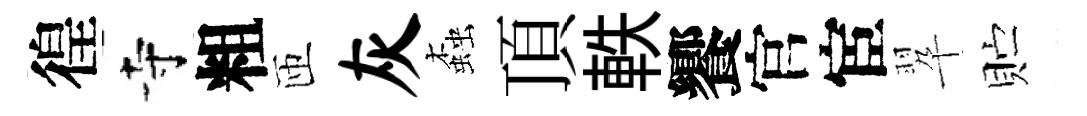
徨寺粗匝灰螙頂軼饗官宦翆贮